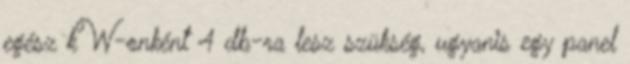
egész kW-onként 4 db-ra lesz szükség, ugyanis egy panel